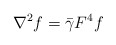
\begin{align*} \nabla^{2}f=\bar{\gamma}F^{4}f \;\;\end{align*}